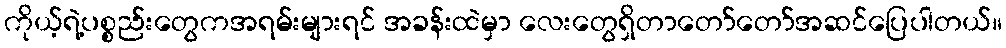
ကိုယ့်ရဲ့ပစ္စည်းတွေကအရမ်းများရင် အခန်းထဲမှာ လေးတွေရှိတာတော်တော်အဆင်ပြေပါတယ်။